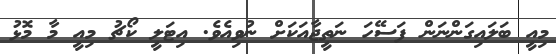
މިއީ ބަލައިގަންނަން ފަސޭހަ ނަތީޖާއަކަށް ނުވިއެވެ. އިޓަލީ ކޯޗު މިއީ މާ މޮޅު